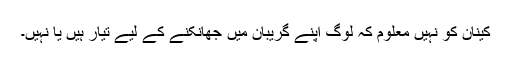
کینان کو نہیں معلوم کہ لوگ اپنے گریبان میں جھانکنے کے لیے تیار ہیں یا نہیں۔